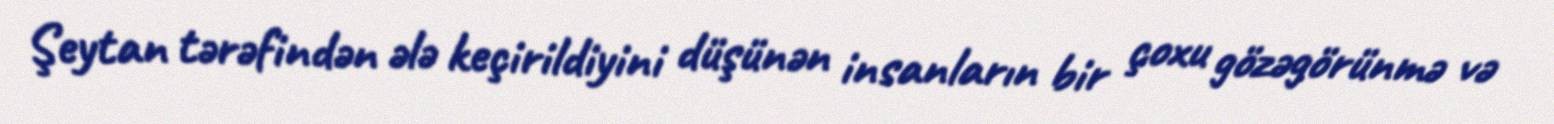
Şeytan tərəfindən ələ keçirildiyini düşünən insanların bir çoxu gözəgörünmə və